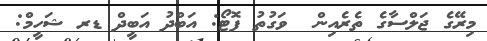
މިރޭގެ ޖަލްސާގެ ތެރެއިން  ވަގުތު ފޮޓޯ: އަބްދު އަބީދް ޑރ ޝަހީމް: